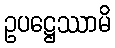
ဥပဋ္ဌေဿာမိ